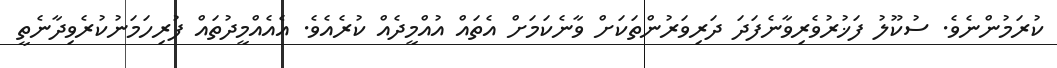
ކުރަމުންނެވެ. ސުކޫލު ފަޚުރުވެރިވާނެފަދަ ދަރިވަރުންތަކަށް ވާނެކަމަށް އެތައް އުއްމީދެއް ކުރެއެވެ. އެއެއްމީދުތައް ފުރިހަމަނުކުރެވިދާނެތީ